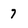
Character: 7